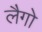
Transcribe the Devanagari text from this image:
लैगो